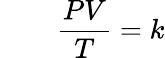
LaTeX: \qquad{\frac{PV}{T}}=k